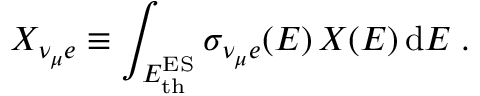
X _ { \nu _ { \mu } e } \equiv \int _ { E _ { \mathrm { t h } } ^ { \mathrm { E S } } } \sigma _ { \nu _ { \mu } e } ( E ) \, X ( E ) \, { \mathrm { d } } E \; .